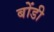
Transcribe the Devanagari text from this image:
बोंडी